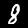
Label: 8